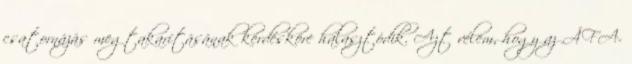
csatornázás megtakarításának kérdésköre halasztódik. Azt vélem, hogy az ÁFA-